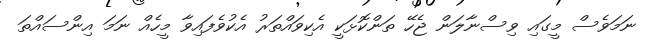
ނަމަވެސް މީގައި ވިސްނާލަން ޖެހޭ ތަންކޮޅަކީ އެކިވައްތަރު އެކުވެފައިވާ މީހެއް ނަމަ އިންސައްތަ